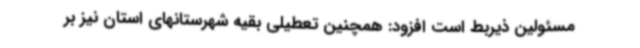
مسئولین ذیربط است افزود: همچنین تعطیلی بقیه شهرستانهای استان نیز بر